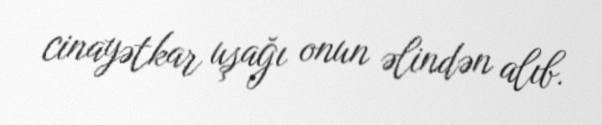
cinayətkar uşağı onun əlindən alıb.